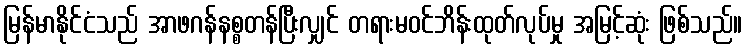
မြန်မာနိုင်ငံသည် အာဖဂန်နစ္စတန်ပြီးလျှင် တရားမဝင်ဘိန်းထုတ်လုပ်မှု အမြင့်ဆုံး ဖြစ်သည်။